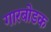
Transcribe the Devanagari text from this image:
गारबोडक